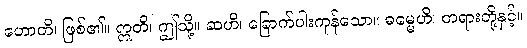
ဟောတိ၊ ဖြစ်၏။ ဣတိ၊ ဤသို့။ ဆဟိ၊ ခြောက်ပါးကုန်သော။ ဓမ္မေဟိ၊ တရားတို့နှင့်။